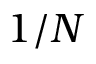
1 / N